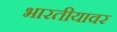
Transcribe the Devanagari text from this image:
भारतीयावर